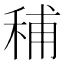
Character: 秿